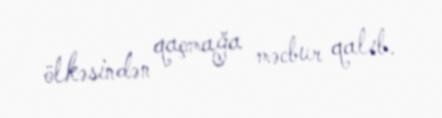
ölkəsindən qaçmağa məcbur qalıb.